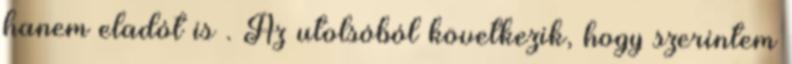
hanem eladót is . Az utolsóból következik, hogy szerintem